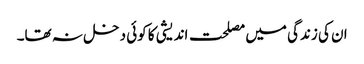
ان کی زندگی میں مصلحت اندیشی کا کوئی دخل نہ تھا۔